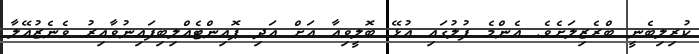
ކުރިލިބެނީ ބްރެޒިލަށެވެ. އެންމެ ފުލުގައި އުޅޭ ބޮލީވިއާ އަށް އަދި ޕޮއިންޓެއްލިބިފައިނުވާއިރު ވެނެޒުއޭލާ